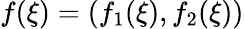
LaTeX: f(\xi)=(f_{1}(\xi),f_{2}(\xi))